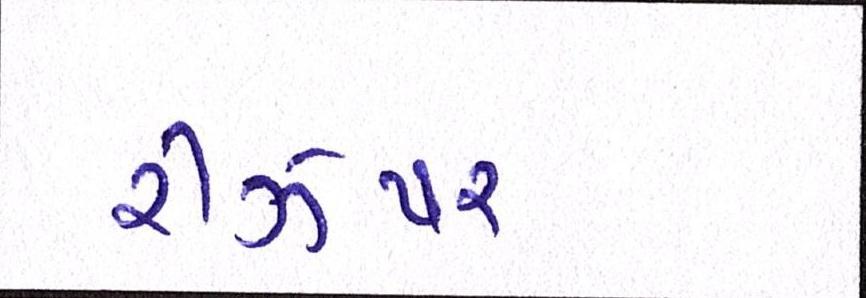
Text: રીઝપર